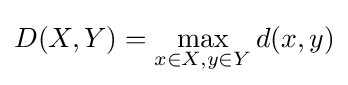
D(X,Y)=\max _{x\in X,y\in Y}d(x,y)